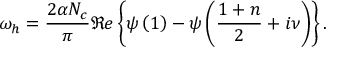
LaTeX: \omega _ { h } = \frac { 2 \alpha N _ { c } } { \pi } \Re e \left\{ \psi \left( 1 \right) - \psi \left( \frac { 1 + n } 2 + i \nu \right) \right\} .